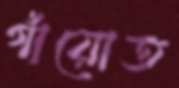
গাঁয়োত